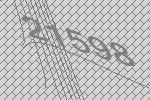
21598